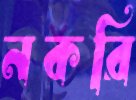
নকরি